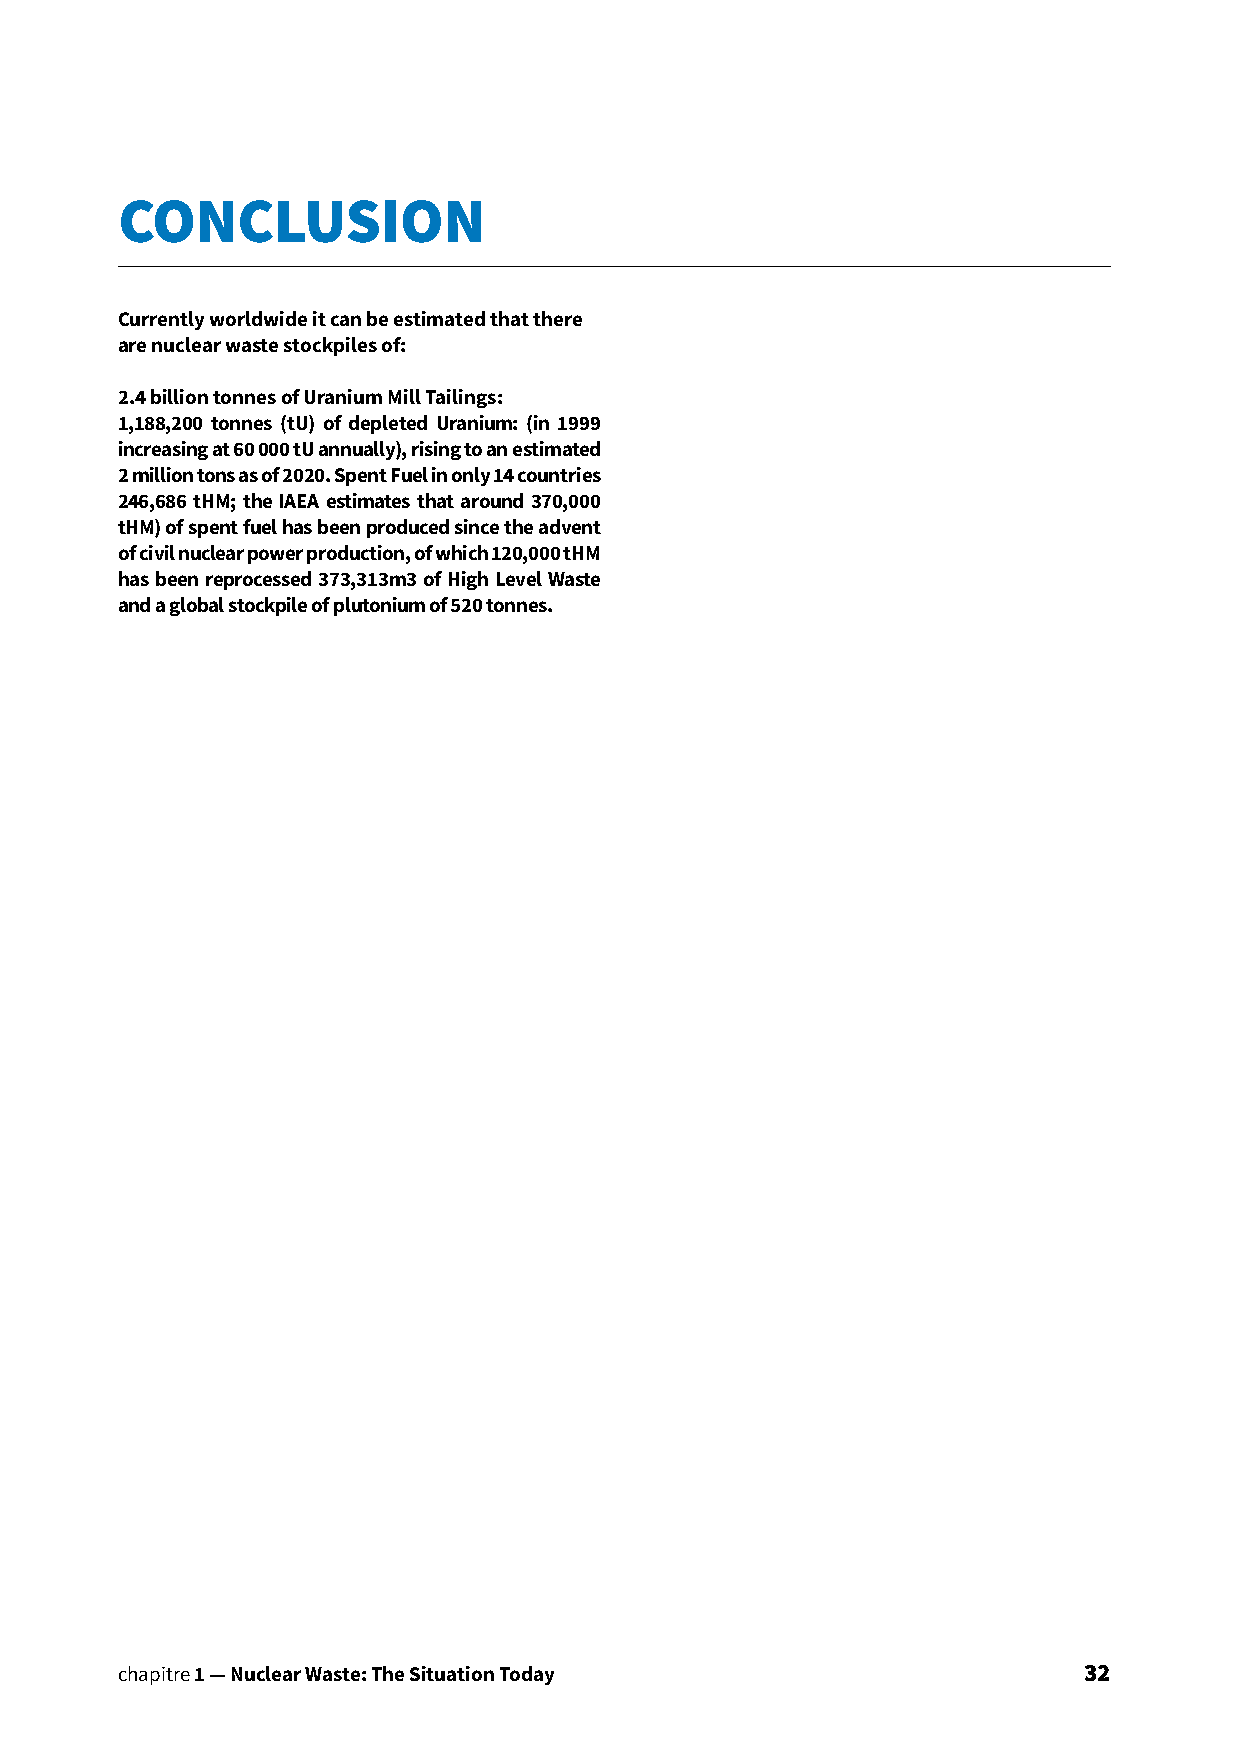
CONCLUSION
 Currently worldwide it can be estimated that there
 are nuclear waste stockpiles of:
 2.4 billion tonnes of Uranium Mill Tailings:
 1,188,200 tonnes (tU) of depleted Uranium: (in 1999
 increasing at 60 000 tU annually), rising to an estimated
 2 million tons as of 2020. Spent Fuel in only 14 countries
 246,686 tHM; the IAEA estimates that around 370,000
 tHM) of spent fuel has been produced since the advent
 of civil nuclear power production, of which 120,000 tHM
 has been reprocessed 373,313m3 of High Level Waste
 and a global stockpile of plutonium of 520 tonnes.
 chapitre 1 — Nuclear Waste: The Situation Today                 32